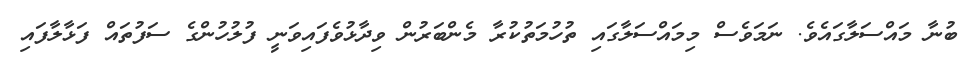
ބުނާ މައްސަލާގައެވެ. ނަމަވެސް މިމައްސަލާގައި ތުހުމަތުކުރާ މެންބަރުން ވިދާޅުވެފައިވަނީ ފުލުހުންގެ ސަފުތައް ފަޅާލާފައި